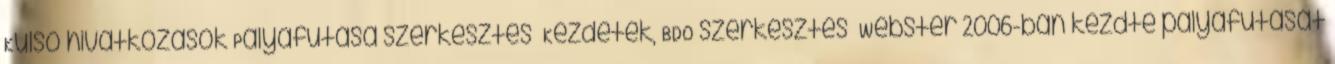
Külső hivatkozások Pályafutása szerkesztés Kezdetek, BDO szerkesztés Webster 2006-ban kezdte pályafutását